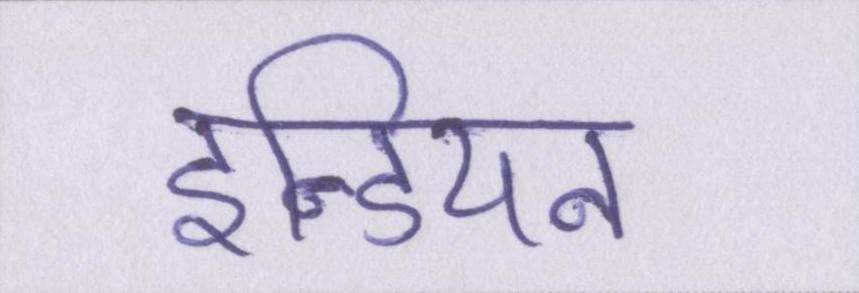
इन्डियन